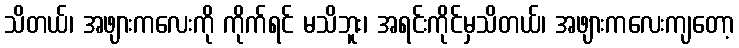
သိတယ်၊ အဖျားကလေးကို ကိုက်ရင် မသိဘူး၊ အရင်းကိုင်မှသိတယ်၊ အဖျားကလေးကျတော့